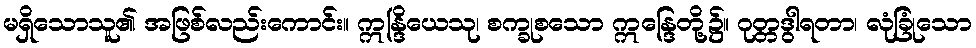
မရှိသောသူ၏ အဖြစ်လည်းကောင်း။ ဣန္ဒြိယေသု၊ စက္ခုစသော ဣန္ဒြေတို့၌။ ဂုတ္တဒွါရတာ၊ လုံခြုံသော